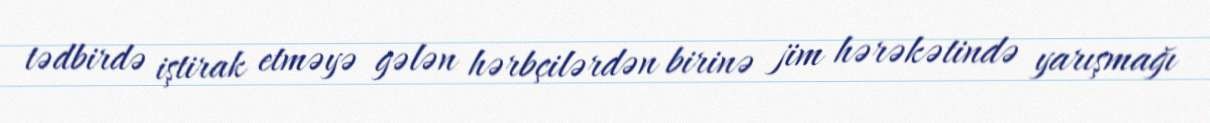
tədbirdə iştirak etməyə gələn hərbçilərdən birinə jim hərəkətində yarışmağı